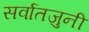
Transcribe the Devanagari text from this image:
सर्वातजुनी